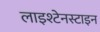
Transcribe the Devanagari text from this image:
लाइश्टेनस्टाइन